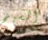
الشيخ